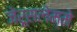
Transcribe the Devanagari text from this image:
जेरूसलेम्मे